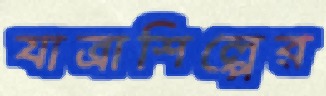
যাত্রাশিল্পের